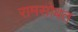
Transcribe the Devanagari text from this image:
रामसोबत